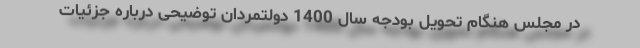
در مجلس هنگام تحویل بودجه سال 1400 دولتمردان توضیحی درباره جزئیات